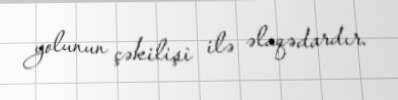
yolunun çəkilişi ilə əlaqədardır.